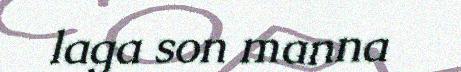
laga son manna